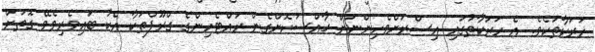
ހަރަކާތަކެވެ. އެ ހަރަކާތުގައި އިސްރަށްވެހިންނަށް ޚާއްސަކޮށްގެން ރައްޓެހިންގެ ގްރޫޕްތަކާ އެކު ބައިވެރިވެވޭ ގޮތަށް